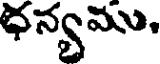
ధన్యము,